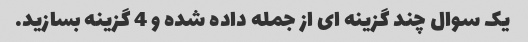
یک سوال چند گزینه ای از جمله داده شده و 4 گزینه بسازید.